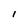
Character: l